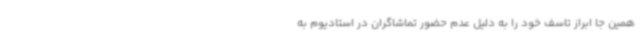
همین جا ابراز تاسف خود را به دلیل عدم حضور تماشاگران در استادیوم به